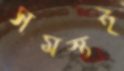
সমস্তই